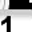
Digit: 1